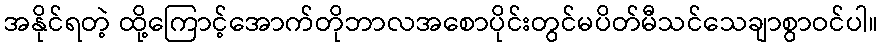
အနိုင်ရတဲ့ ထို့ကြောင့်အောက်တိုဘာလအစောပိုင်းတွင်မပိတ်မီသင်သေချာစွာဝင်ပါ။